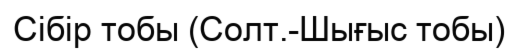
Сібір тобы (Солт.-Шығыс тобы)